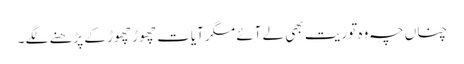
چناں چہ وہ توریت بھی لے آئے مگر آیات چھوڑ چھوڑ کے پڑھنے لگے ۔